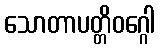
သောတာပတ္တိဝဂ္ဂေါ